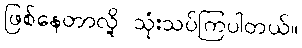
ဖြစ်နေတာလို့ သုံးသပ်ကြပါတယ်။